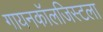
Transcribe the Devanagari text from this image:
गायनकॉलजिस्टला